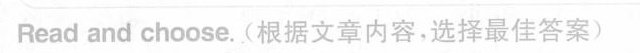
Read and choose. (根据文章内容,选择最佳答案)